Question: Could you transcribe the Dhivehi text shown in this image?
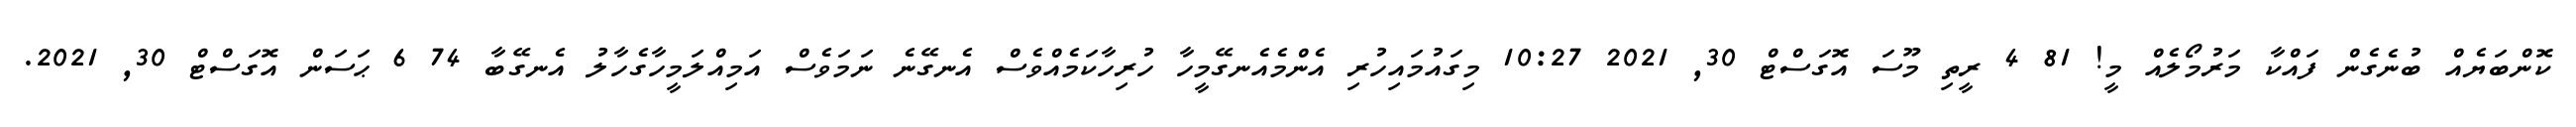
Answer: ކޮންބަޔެއް ބުނެގެން ފައްކާ މަރުމޯލެއް މީ! 81 4 ރީތި މޫސަ އޮގަސްޓް 30, 2021 10:27 މިގައުމައިހުރި އެންމެއެނގޭމީހާ ހުރިހާކަމެއްވެސް އެނގޭނެ ނަމަވެސް އަމިއްލަމީހާގެހާލު އެނގޭބާ 74 6 ޙަސަން އޮގަސްޓް 30, 2021.